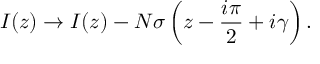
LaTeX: I ( z ) \rightarrow I ( z ) - N \sigma \left( z - \frac { i \pi } { 2 } + i \gamma \right) .